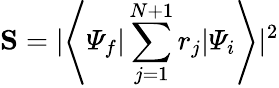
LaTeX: {\mathbf S=\lvert\left\langle{\mit\Psi}_{f}\vert\sum_{j=1}^{N+1}r_{j}\vert{\mit\Psi}_{i}\right\rangle\rvert^{2}}